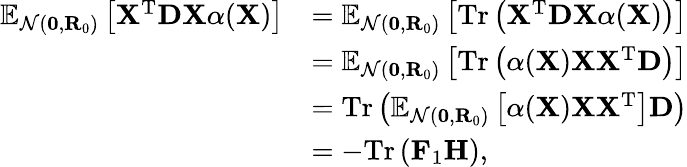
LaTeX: \begin{array}{rl}{\mathbb{E}_{\mathcal{N}(\mathbf{0},\mathbf{R}_{0})}\left[\mathbf{X}^{\mathrm{T}}\mathbf{D}\mathbf{X}\alpha(\mathbf{X})\right]}&{=\mathbb{E}_{\mathcal{N}(\mathbf{0},\mathbf{R}_{0})}\left[\mathrm{Tr}\left(\mathbf{X}^{\mathrm{T}}\mathbf{D}\mathbf{X}\alpha(\mathbf{X})\right)\right]}\\ &{=\mathbb{E}_{\mathcal{N}(\mathbf{0},\mathbf{R}_{0})}\left[\mathrm{Tr}\left(\alpha(\mathbf{X})\mathbf{X}\mathbf{X}^{\mathrm{T}}\mathbf{D}\right)\right]}\\ &{=\mathrm{Tr}\left(\mathbb{E}_{\mathcal{N}(\mathbf{0},\mathbf{R}_{0})}\left[\alpha(\mathbf{X})\mathbf{X}\mathbf{X}^{\mathrm{T}}\right]\mathbf{D}\right)}\\ &{=-\mathrm{Tr}\left(\mathbf{F}_{1}\mathbf{H}\right),}\end{array}